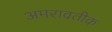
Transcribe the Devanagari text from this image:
अमरावतीक